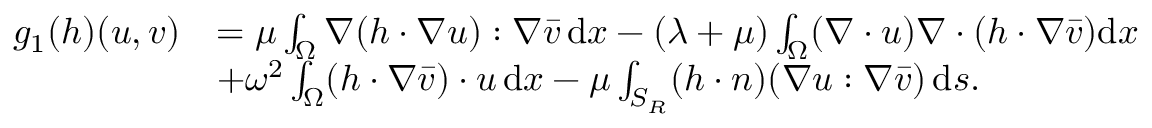
\begin{array} { r l } { g _ { 1 } ( h ) ( u , v ) } & { = \mu \int _ { \Omega } \nabla ( h \cdot \nabla u ) : \nabla \bar { v } \, \mathrm { d } x - ( \lambda + \mu ) \int _ { \Omega } ( \nabla \cdot u ) \nabla \cdot ( h \cdot \nabla \bar { v } ) \mathrm { d } x } \\ & { + \omega ^ { 2 } \int _ { \Omega } ( h \cdot \nabla \bar { v } ) \cdot u \, \mathrm { d } x - \mu \int _ { S _ { R } } ( h \cdot n ) ( \nabla u : \nabla \bar { v } ) \, \mathrm { d } s . } \end{array}